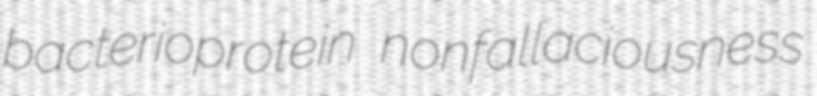
bacterioprotein nonfallaciousness